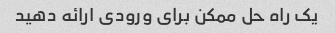
یک راه حل ممکن برای ورودی ارائه دهید